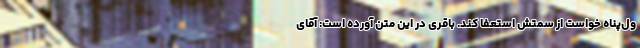
ول‌پناه خواست از سمتش استعفا کند. باقری در این متن آورده است: آقای